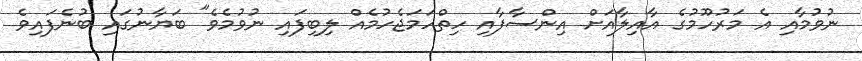
ނުވުމާއި އެ މަރުހޫމުގެ އާއިލާއަށް އިންސާފާއި ހިތްހަމަޖެހުމެއް ލިބިފައި ނުވުމެވެ" ބަޔާނުގައި ބުނެފައިވެ